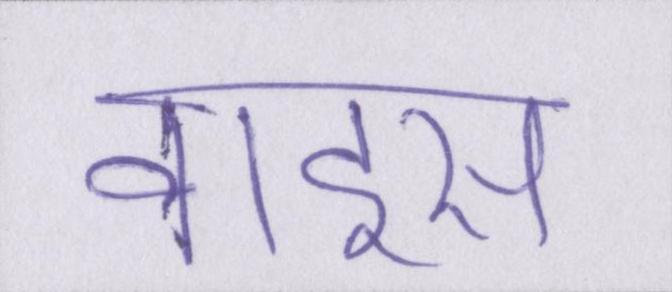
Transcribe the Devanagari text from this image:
वाइस